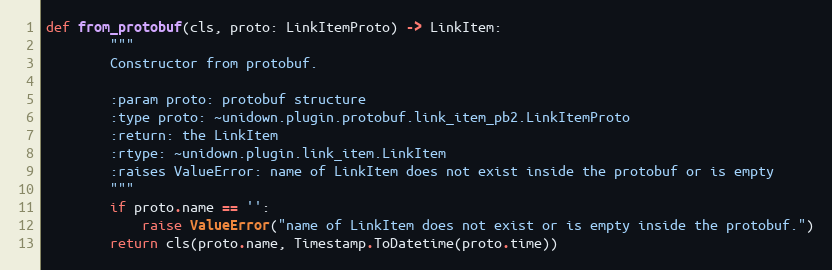
Language: Python
def from_protobuf(cls, proto: LinkItemProto) -> LinkItem:
        """
        Constructor from protobuf.

        :param proto: protobuf structure
        :type proto: ~unidown.plugin.protobuf.link_item_pb2.LinkItemProto
        :return: the LinkItem
        :rtype: ~unidown.plugin.link_item.LinkItem
        :raises ValueError: name of LinkItem does not exist inside the protobuf or is empty
        """
        if proto.name == '':
            raise ValueError("name of LinkItem does not exist or is empty inside the protobuf.")
        return cls(proto.name, Timestamp.ToDatetime(proto.time))